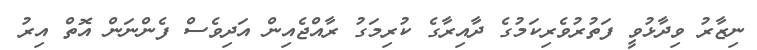
ނިޒާރު ވިދާޅުވީ ފަތުރުވެރިކަމުގެ ދާއިރާގެ ކުރިމަގު ރާއްޖެއިން އަދިވެސް ފެންނަން އޮތް އިރު